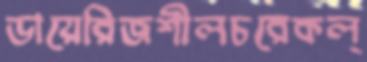
ডায়েরিজশীলচরেকল্